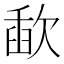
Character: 歃